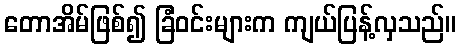
တောအိမ်ဖြစ်၍ ခြံဝင်းများက ကျယ်ပြန့်လှသည်။